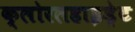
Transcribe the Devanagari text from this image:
क्लोरलहाइड्रेट